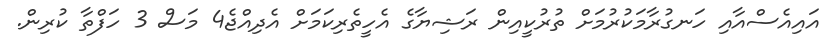
އައިއެސްއާއި ހަނގުރާމަކުރުމަށް ތުރުކީއިން ރަޝިޔާގެ އެހީތެރިކަމަށް އެދިއްޖެ4 މަސް 3 ހަފްތާ ކުރިން.